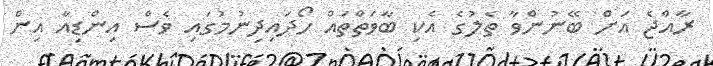
ރާއްޖެ އަށް ބޭނުންވާ ތެލުގެ އެކި ބާވަތްތައް ހޯދައިދިނުމުގައި ވެސް އިންޑިއާ އިން